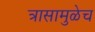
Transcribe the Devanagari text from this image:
त्रासामुळेच